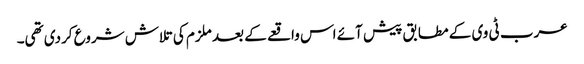
عرب ٹی وی کے مطابق پیش آئے اس واقعے کے بعد ملزم کی تلاش شروع کردی تھی۔